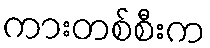
ကားတစ်စီးက